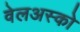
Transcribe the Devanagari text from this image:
वेलअस्को